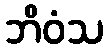
ဘိဝံသ